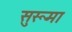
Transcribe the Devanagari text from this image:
सुरूमा